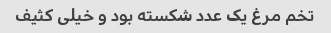
تخم مرغ یک عدد شکسته بود و خیلی کثیف